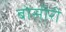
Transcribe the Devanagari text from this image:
बोसीरी